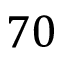
7 0